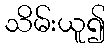
သိမ်းယူ၍